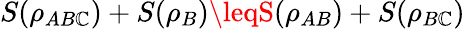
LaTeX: S(\rho_{AB\mathbb{C}})+S(\rho_{B})\leqS(\rho_{AB})+S(\rho_{B\mathbb{C}})